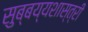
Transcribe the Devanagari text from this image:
सुब्बय्यशास्त्री